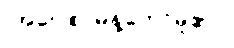
(အဝေါစ၊ မိန့်တော်မူ၏။)